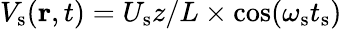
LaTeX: V_{\mathrm{s}}({\mathbf r},t)=U_{\textrm{s}}z/L\times\mathrm{cos}(\omega_{\mathrm{s}}t_{\textrm{s}})